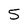
Character: 5